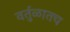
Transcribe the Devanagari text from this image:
वर्तुळातच